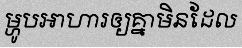
ម្ហូបអាហារឲ្យគ្នាមិនដែល